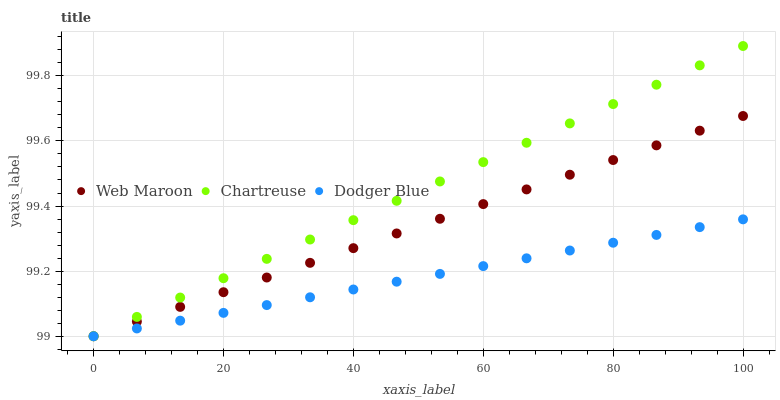
| xaxis_label | Web Maroon | Chartreuse | Dodger Blue |
 | --- | --- | --- | --- |
 | 0 | 99 | 99 | 99 |
 | 6.67 | 99 | 99.1 | 99 |
 | 13.3 | 99.1 | 99.1 | 99 |
 | 20 | 99.1 | 99.2 | 99.1 |
 | 26.7 | 99.2 | 99.2 | 99.1 |
 | 33.3 | 99.2 | 99.3 | 99.1 |
 | 40 | 99.3 | 99.4 | 99.1 |
 | 46.7 | 99.3 | 99.4 | 99.2 |
 | 53.3 | 99.4 | 99.5 | 99.2 |
 | 60 | 99.4 | 99.5 | 99.2 |
 | 66.7 | 99.5 | 99.6 | 99.2 |
 | 73.3 | 99.5 | 99.7 | 99.3 |
 | 80 | 99.5 | 99.7 | 99.3 |
 | 86.7 | 99.6 | 99.8 | 99.3 |
 | 93.3 | 99.6 | 99.8 | 99.3 |
 | 100 | 99.7 | 99.9 | 99.4 |